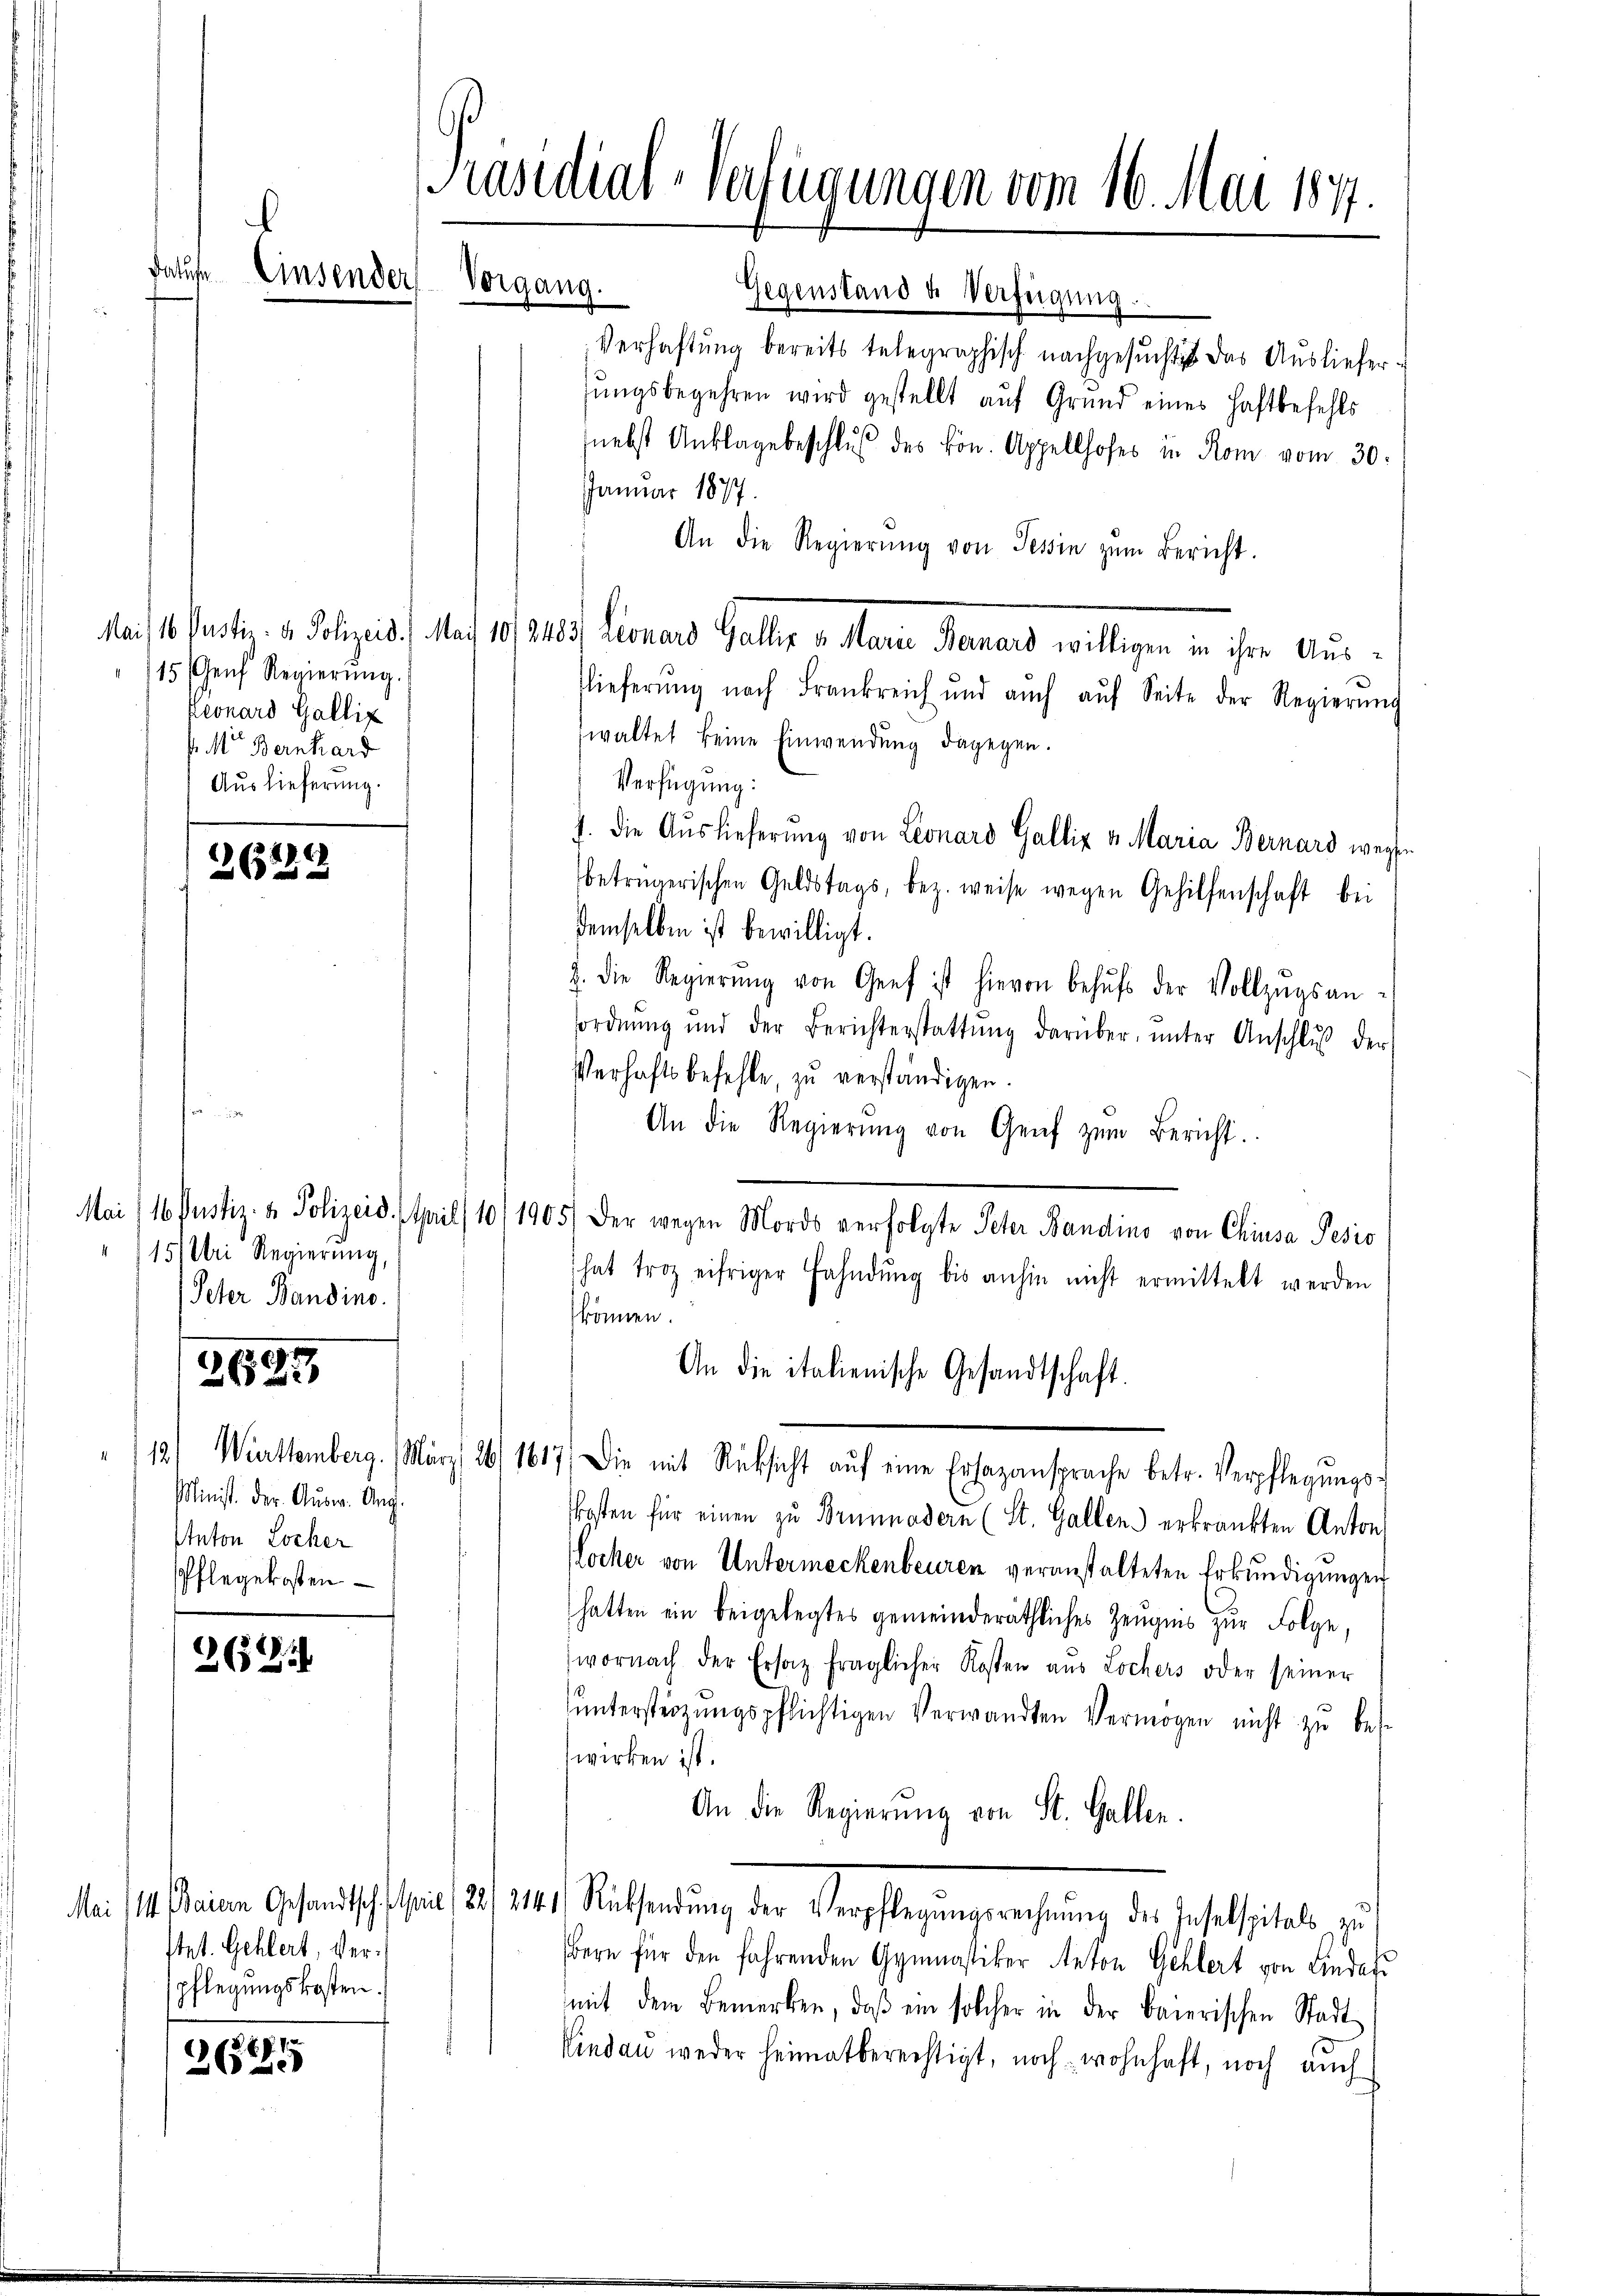
15 Genf Regierŭng.
Leonard Galliz
s. Mit Bernhard
Auslieferung.

Präsidial-Verfügungen vom 16. Mai 187.
.
dature Einsender
Vorgang.
Gegenstand u. Verfügung.
s

26229

151 Uri Regierung,
Peter Bandino.

699

Minist. Der Ausw. Aug.
Anton Locker
Pflegekosten

2624

stet. Gehlert, Verspflegungskosten.

264

Verhaftung bereits telegraphisch nachgesucht das Ausliefersŭngsbegehren wird gestellt aŭf Grund eines Haftbefehls
nebst Anklage beschluß des kön. Appellhofes in Rom vom 30.
Januar 1877.
An die Regierŭng von Tessin zŭm Bericht.
a 16. Petr. d. Polizeis. Mai 1834. Leonars Galler v. Mara Banars willigen in ihre Ausflieferŭng nach Frankreich und aŭch aŭf Seite der Regierŭng
waltet keine Einwendŭng dagegen.
Verfügung:
f. die Auslieferung von Leonard Galliz v. Maria Bernard wegse
betrügerischen Geldstags, bez. weise wegen Gehilfenschaft bei
demselben ist bewilligt.
2. die Regierŭng von Genf ist hievon behŭfs der Vollzŭgsan-
sordnŭng und der Berichterstattŭng darüber ŭnter Anschlŭβ der
Verhaftsbefehle, zu verständigen.
An die Regierŭng von Genf zŭm Bericht.
Mai/16. Justiz- & Polizeid. April 10/1905) Der wegen Mords verfolgte Peter Bandino von Chiusa Pesio
hat trotz eifriger Fahndŭng bis anhin nicht ermittelt werden
können.
An die italienische Gesandtschaft.
/12/ Württemberg. März 26/ 1617. Die mit Rücksicht aŭf eine Ersazansprache betr. Verpflegŭngs-
Posten für einen zu Brünnodern (St. Gallen erkränkten Anton
(Locker von Untermeckenbeuren veranstalteten Erkundigungen
hatten ein beigelegtes gemeinderäthliches Zeugnis zur Folge,
wornach der Ersatz fraglicher Kosten aus Lochers oder seiner
untersterzungspflichtigen Verwandten Vermögen nicht zu bes
wirken ist.
An die Regierung von St. Gallen.
Mi /14. einen Gesandtsch seine, 24. 211. Rücksendung der Verpflegungsrechnung des Inselspitals, zu
bern für den fahrenden Gymnastiker Anton Gehlert von Lindaf
mit dem Bemerken, daβ ein solcher in der baierischen Stadt
Kindau weder heimatberechtigt, noch wohnhaft, noch auch